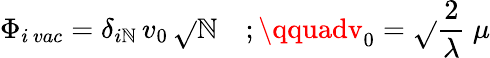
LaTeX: \Phi_{i\, vac}=\delta_{i\mathbb{N}}\, v_{0}\, \sqrt{}{{\mathbb{N}}}\quad;\qquadv_{0}=\sqrt{}{{{\frac{{2}}{{\lambda}}}}}\ \mu